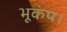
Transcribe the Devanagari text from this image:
भूकंप।